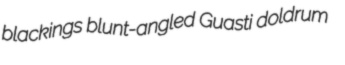
blackings blunt-angled Guasti doldrum